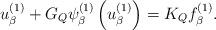
LaTeX: \begin{align*}u_{\beta }^{(1)}+G_{Q}\psi _{\beta }^{(1)}\left( u_{\beta }^{(1)}\right)=K_{Q}f_{\beta }^{(1)}. \end{align*}